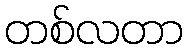
တစ်လတာ